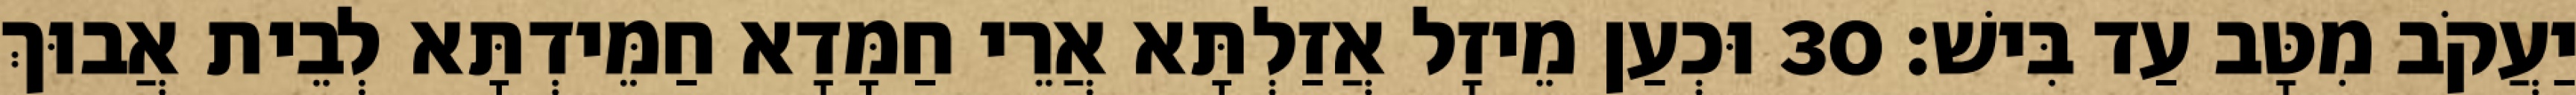
יַעֲקֹב מִטָּב עַד בִּישׁ׃ 30 וּכְעַן מֵיזָל אֲזַלְתָּא אֲרֵי חַמָּדָא חַמֵּידְתָּא לְבֵית אֲבוּךְ